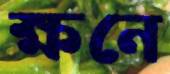
ক্ষনে